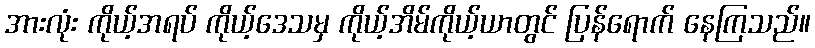
အားလုံး ကိုယ့်အရပ် ကိုယ့်ဒေသမှ ကိုယ့်အိမ်ကိုယ့်ယာတွင် ပြန်ရောက် နေကြသည်။